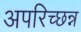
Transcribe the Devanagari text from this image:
अपरिच्छन्न